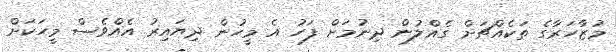
މުޒާހަރާގެ ތަކެއްޗަށް ގެއްލުން ދިނުމަށް ފަހު އެ މީހުން ދިޔައިރު އެއްވެސް މީހަކަށް